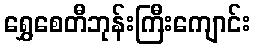
ရွှေစေတီဘုန်းကြီးကျောင်း